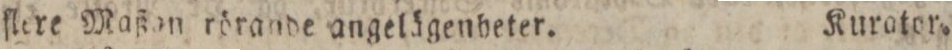
flere Maßan rörande angelägenbeter.    Kurator.